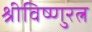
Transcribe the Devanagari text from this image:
श्रीविष्णुरत्न